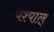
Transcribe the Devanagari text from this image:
यश्पाल्